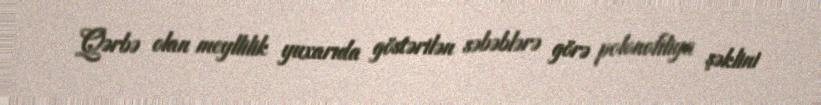
Qərbə olan meyllilik yuxarıda göstərilən səbəblərə görə polonofiliya şəklini